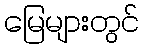
မြေများတွင်